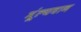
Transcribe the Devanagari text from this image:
मूंल्‍यवान